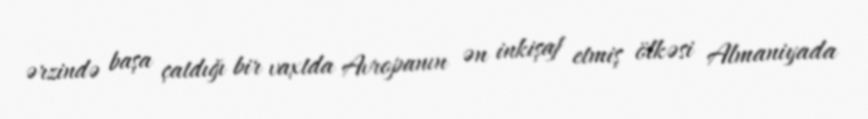
ərzində başa çatdığı bir vaxtda Avropanın ən inkişaf etmiş ölkəsi Almaniyada